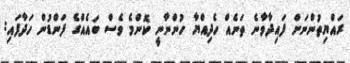
ރައްޔިތުންނަށް ފައިދާވާނެ ތަނެއް ހެދިއްޔާ ހުންނާނީ ކޮންމެ ވެސް ބައެއްގެ ފަންޑުން ހަދާފައި: